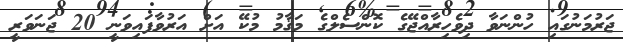
ޖަރުމަނުގައި ހުންނަވާ ދިވެހިރާއްޖޭގެ ކޮންސެލްގެ މަޤާމު މުކޭ އަށް އަރުވާފައިވަނީ 20 ޖަނަވަރީ